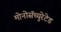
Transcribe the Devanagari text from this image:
मोनोसॅच्युरेटेड